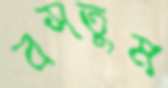
বসতুম